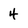
Character: 4